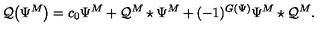
\mathcal { Q } \big ( \Psi ^ { M } \big ) = c _ { 0 } \Psi ^ { M } + \mathcal { Q } ^ { M } \star \Psi ^ { M } + ( - 1 ) ^ { G ( \Psi ) } \Psi ^ { M } \star \mathcal { Q } ^ { M } .